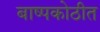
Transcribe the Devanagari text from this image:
बाष्पकोठीत